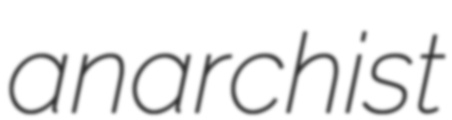
anarchist